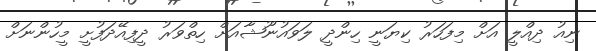
ނިއު ދިއްލީ އަށް މިފަހަރު ކިޔަނީ ހިންދީ ލަވައުނޫޝާއަށް ހިތްވަރު ދީފިއޭދަފުށީ މީހުންނަށް